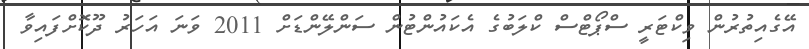
އޭގެއިތުރުން ވިކްޓަރީ ސްޕޯޓްސް ކްލަބުގެ އެކައުންޓުން ސަންލޭންޑަށް 2011 ވަނަ އަހަރު ދޫކޮށްފައިވާ